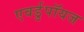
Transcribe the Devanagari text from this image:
एवर्डुपॉयज